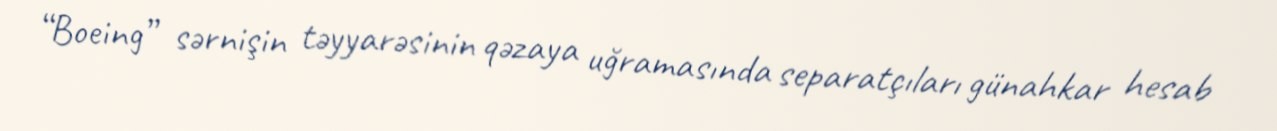
“Boeing” sərnişin təyyarəsinin qəzaya uğramasında separatçıları günahkar hesab